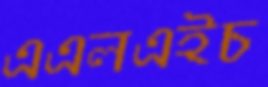
এএলএইচ